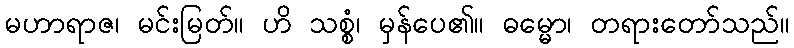
မဟာရာဇ၊ မင်းမြတ်။ ဟိ သစ္စံ၊ မှန်ပေ၏။ ဓမ္မော၊ တရားတော်သည်။